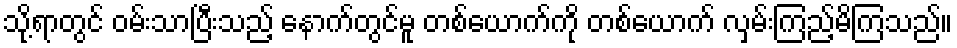
သို့ရာတွင် ဝမ်းသာပြီးသည့် နောက်တွင်မူ တစ်ယောက်ကို တစ်ယောက် လှမ်းကြည့်မိကြသည်။